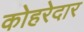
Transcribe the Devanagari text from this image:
कोहरेदार